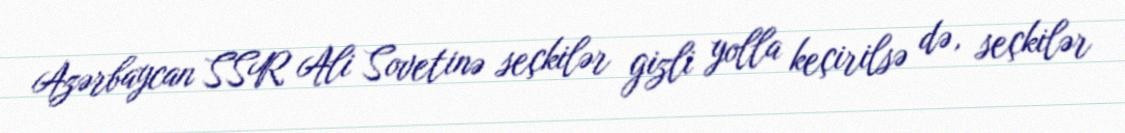
Azərbaycan SSR Ali Sovetinə seçkilər gizli yolla keçirilsə də, seçkilər